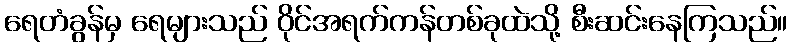
ရေတံခွန်မှ ရေများသည် ဝိုင်အရက်ကန်တစ်ခုထဲသို့ စီးဆင်းနေကြသည်။